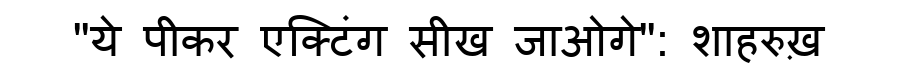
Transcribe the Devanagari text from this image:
"ये पीकर एक्टिंग सीख जाओगे": शाहरुख़